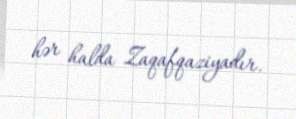
hər halda Zaqafqaziyadır.